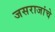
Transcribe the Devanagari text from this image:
जसराजांचे